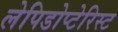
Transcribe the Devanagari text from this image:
लेपिडोप्टेरिस्ट